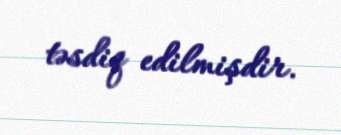
təsdiq edilmişdir.